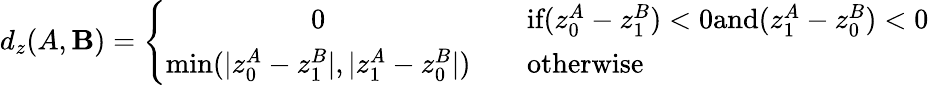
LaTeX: d_{z}(A,\mathbf{B})=\left\{ \begin{array}{cl}{0}&{\quad\textrm{if}(z_{0}^{A}-z_{1}^{B})<0\textrm{and}(z_{1}^{A}-z_{0}^{B})<0}\\ {\operatorname*{min}(|z_{0}^{A}-z_{1}^{B}|,|z_{1}^{A}-z_{0}^{B}|)}&{\quad\textrm{otherwise}}\end{array}\right.